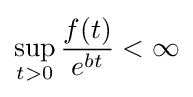
\sup _{t>0}{\frac {f(t)}{e^{bt}}}<\infty